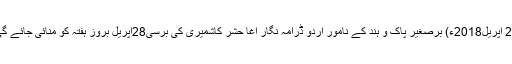
25 اپریل2018ء) برصغیر پاک و ہند کے نامور اردو ڈرامہ نگار آغا حشر کاشمیری کی برسی28اپریل بروز ہفتہ کو منائی جائے گی۔